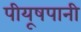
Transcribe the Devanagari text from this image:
पीयूषपानी